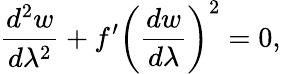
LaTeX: \frac{d^{2}w}{d\lambda^{2}}+f^{\prime}\left(\frac{dw}{d\lambda}\right)^{2}=0,